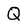
Character: Q